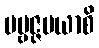
ပဗ္ဗဇ္ဇမယာစိ